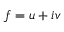
\displaystyle f = u + i v